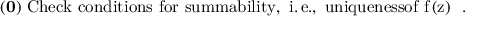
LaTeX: \mathrm { { \bf { ( 0 ) } } \, \, C h e c k ~ c o n d i t i o n s ~ f o r ~ s u m m a b i l i t y , ~ i . \, e . , ~ u n i q u e n e s s o f ~ f \, ( z ) ~ } \, \, .